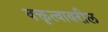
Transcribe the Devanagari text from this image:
वक्तृत्वावरील